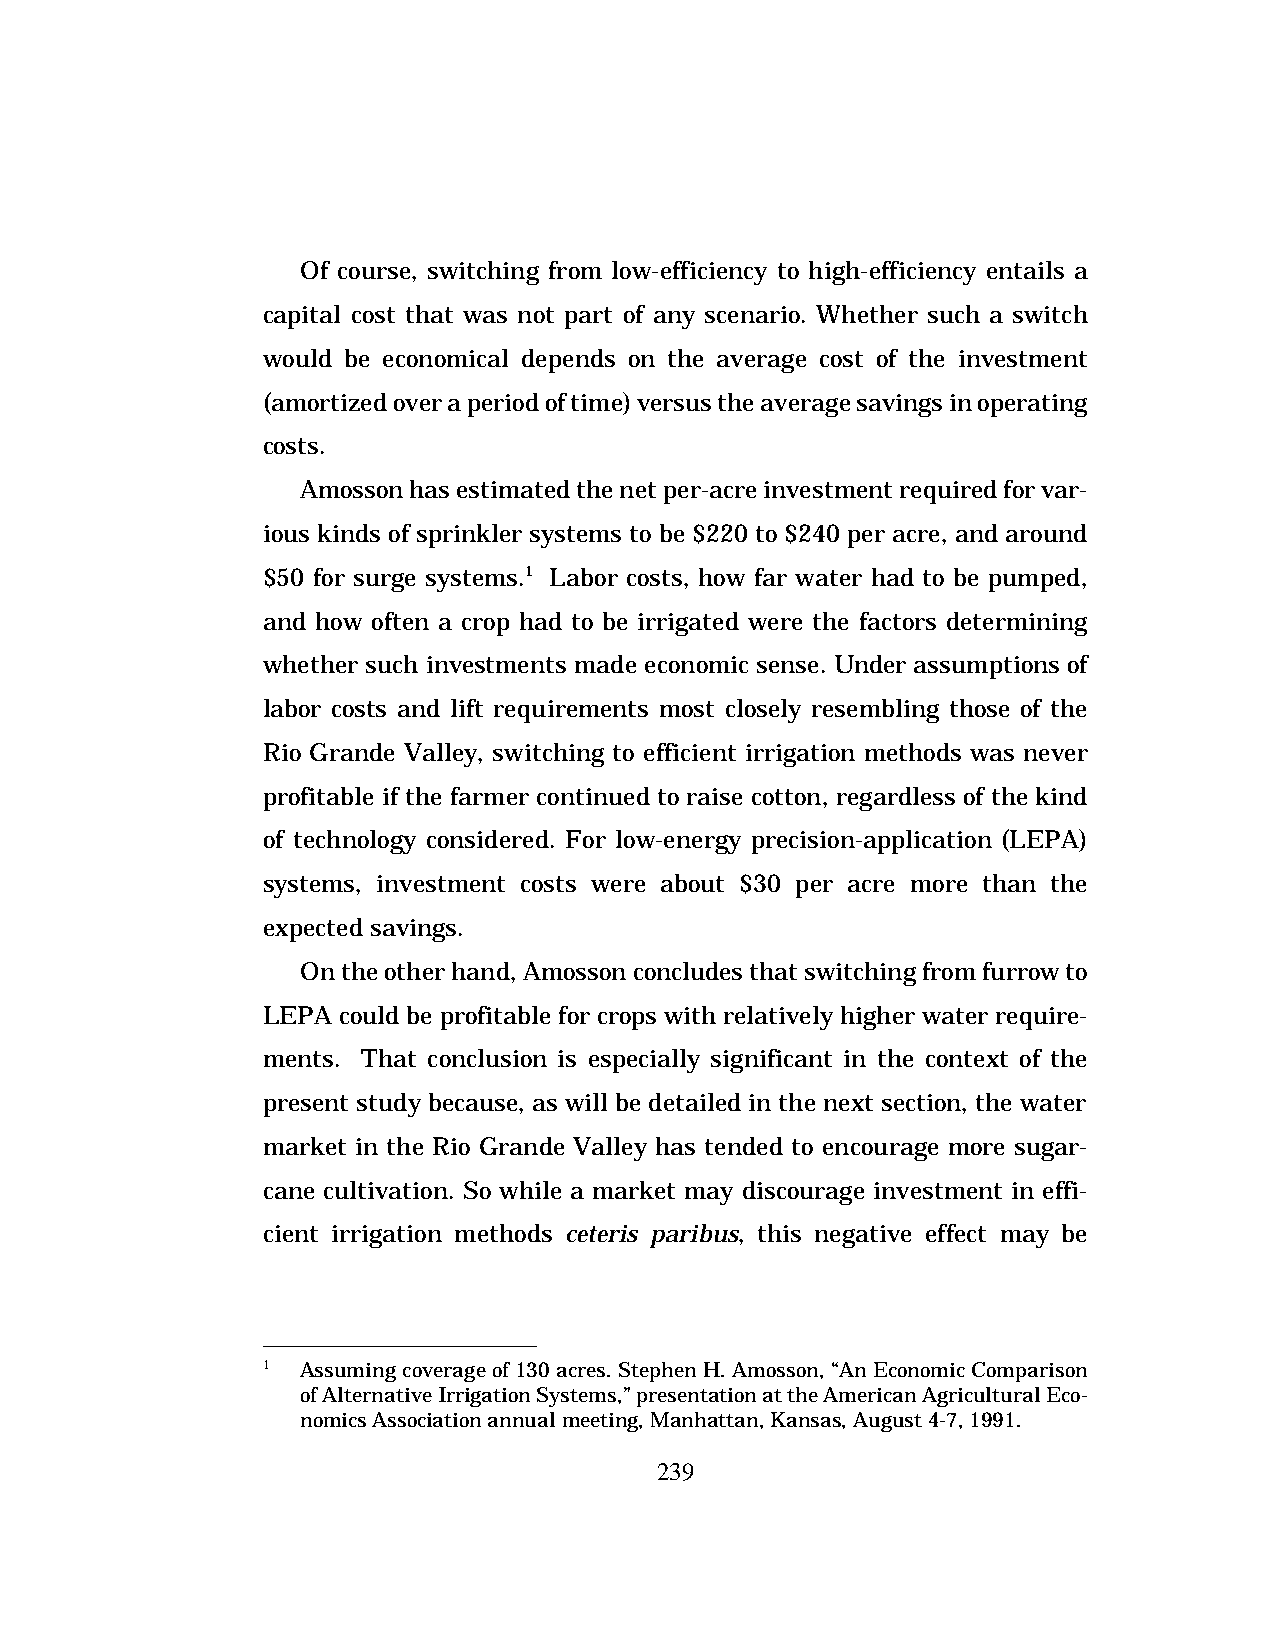
Of course, switching from low-efficiency to high-efficiency entails a
 capital cost that was not part of any scenario. Whether such a switch
 would be economical depends on the average cost of the investment
 (amortized over a period of time) versus the average savings in operating
 costs.
 Amosson has estimated the net per-acre investment required for var-
 ious kinds of sprinkler systems to be $220 to $240 per acre, and around
 $50 for surge systems.1 Labor costs, how far water had to be pumped,
 and how often a crop had to be irrigated were the factors determining
 whether such investments made economic sense. Under assumptions of
 labor costs and lift requirements most closely resembling those of the
 Rio Grande Valley, switching to efficient irrigation methods was never
 profitable if the farmer continued to raise cotton, regardless of the kind
 of technology considered. For low-energy precision-application (LEPA)
 systems, investment costs were about $30 per acre more than the
 expected savings.
 On the other hand, Amosson concludes that switching from furrow to
 LEPA could be profitable for crops with relatively higher water require-
 ments. That conclusion is especially significant in the context of the
 present study because, as will be detailed in the next section, the water
 market in the Rio Grande Valley has tended to encourage more sugar-
 cane cultivation. So while a market may discourage investment in effi-
 cient irrigation methods ceteris paribus, this negative effect may be
 1  Assuming coverage of 130 acres. Stephen H. Amosson, “An Economic Comparison
 of Alternative Irrigation Systems,” presentation at the American Agricultural Eco-
 nomics Association annual meeting, Manhattan, Kansas, August 4-7, 1991.
 239